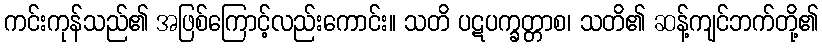
ကင်းကုန်သည်၏ အဖြစ်ကြောင့်လည်းကောင်း။ သတိ ပဋပက္ခတ္တာစ၊ သတိ၏ ဆန့်ကျင်ဘက်တို့၏